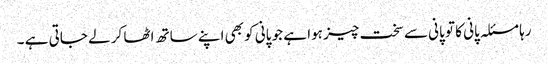
رہا مسئلہ پانی کا تو پانی سے سخت چیز ہوا ہے جو پانی کو بھی اپنے ساتھ اٹھا کر لے جاتی ہے ۔